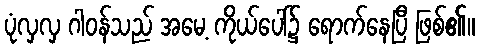
ပုံလှလှ ဂါဝန်သည် အမေ့ ကိုယ်ပေါ်၌ ရောက်နေပြီ ဖြစ်၏။